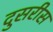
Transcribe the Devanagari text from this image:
दुसरीस